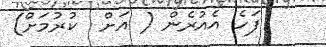
ފަހެ އެއުރެން ( އަށް  ކުރުމަށް)